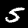
Digit: 5